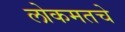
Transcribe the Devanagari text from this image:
लोकमतचे